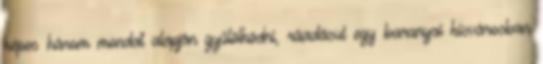
képes három mondat alapján gyűlölködni, ráadásul egy baranyai kisvárosban